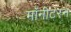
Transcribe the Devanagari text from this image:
मॉनीटरन